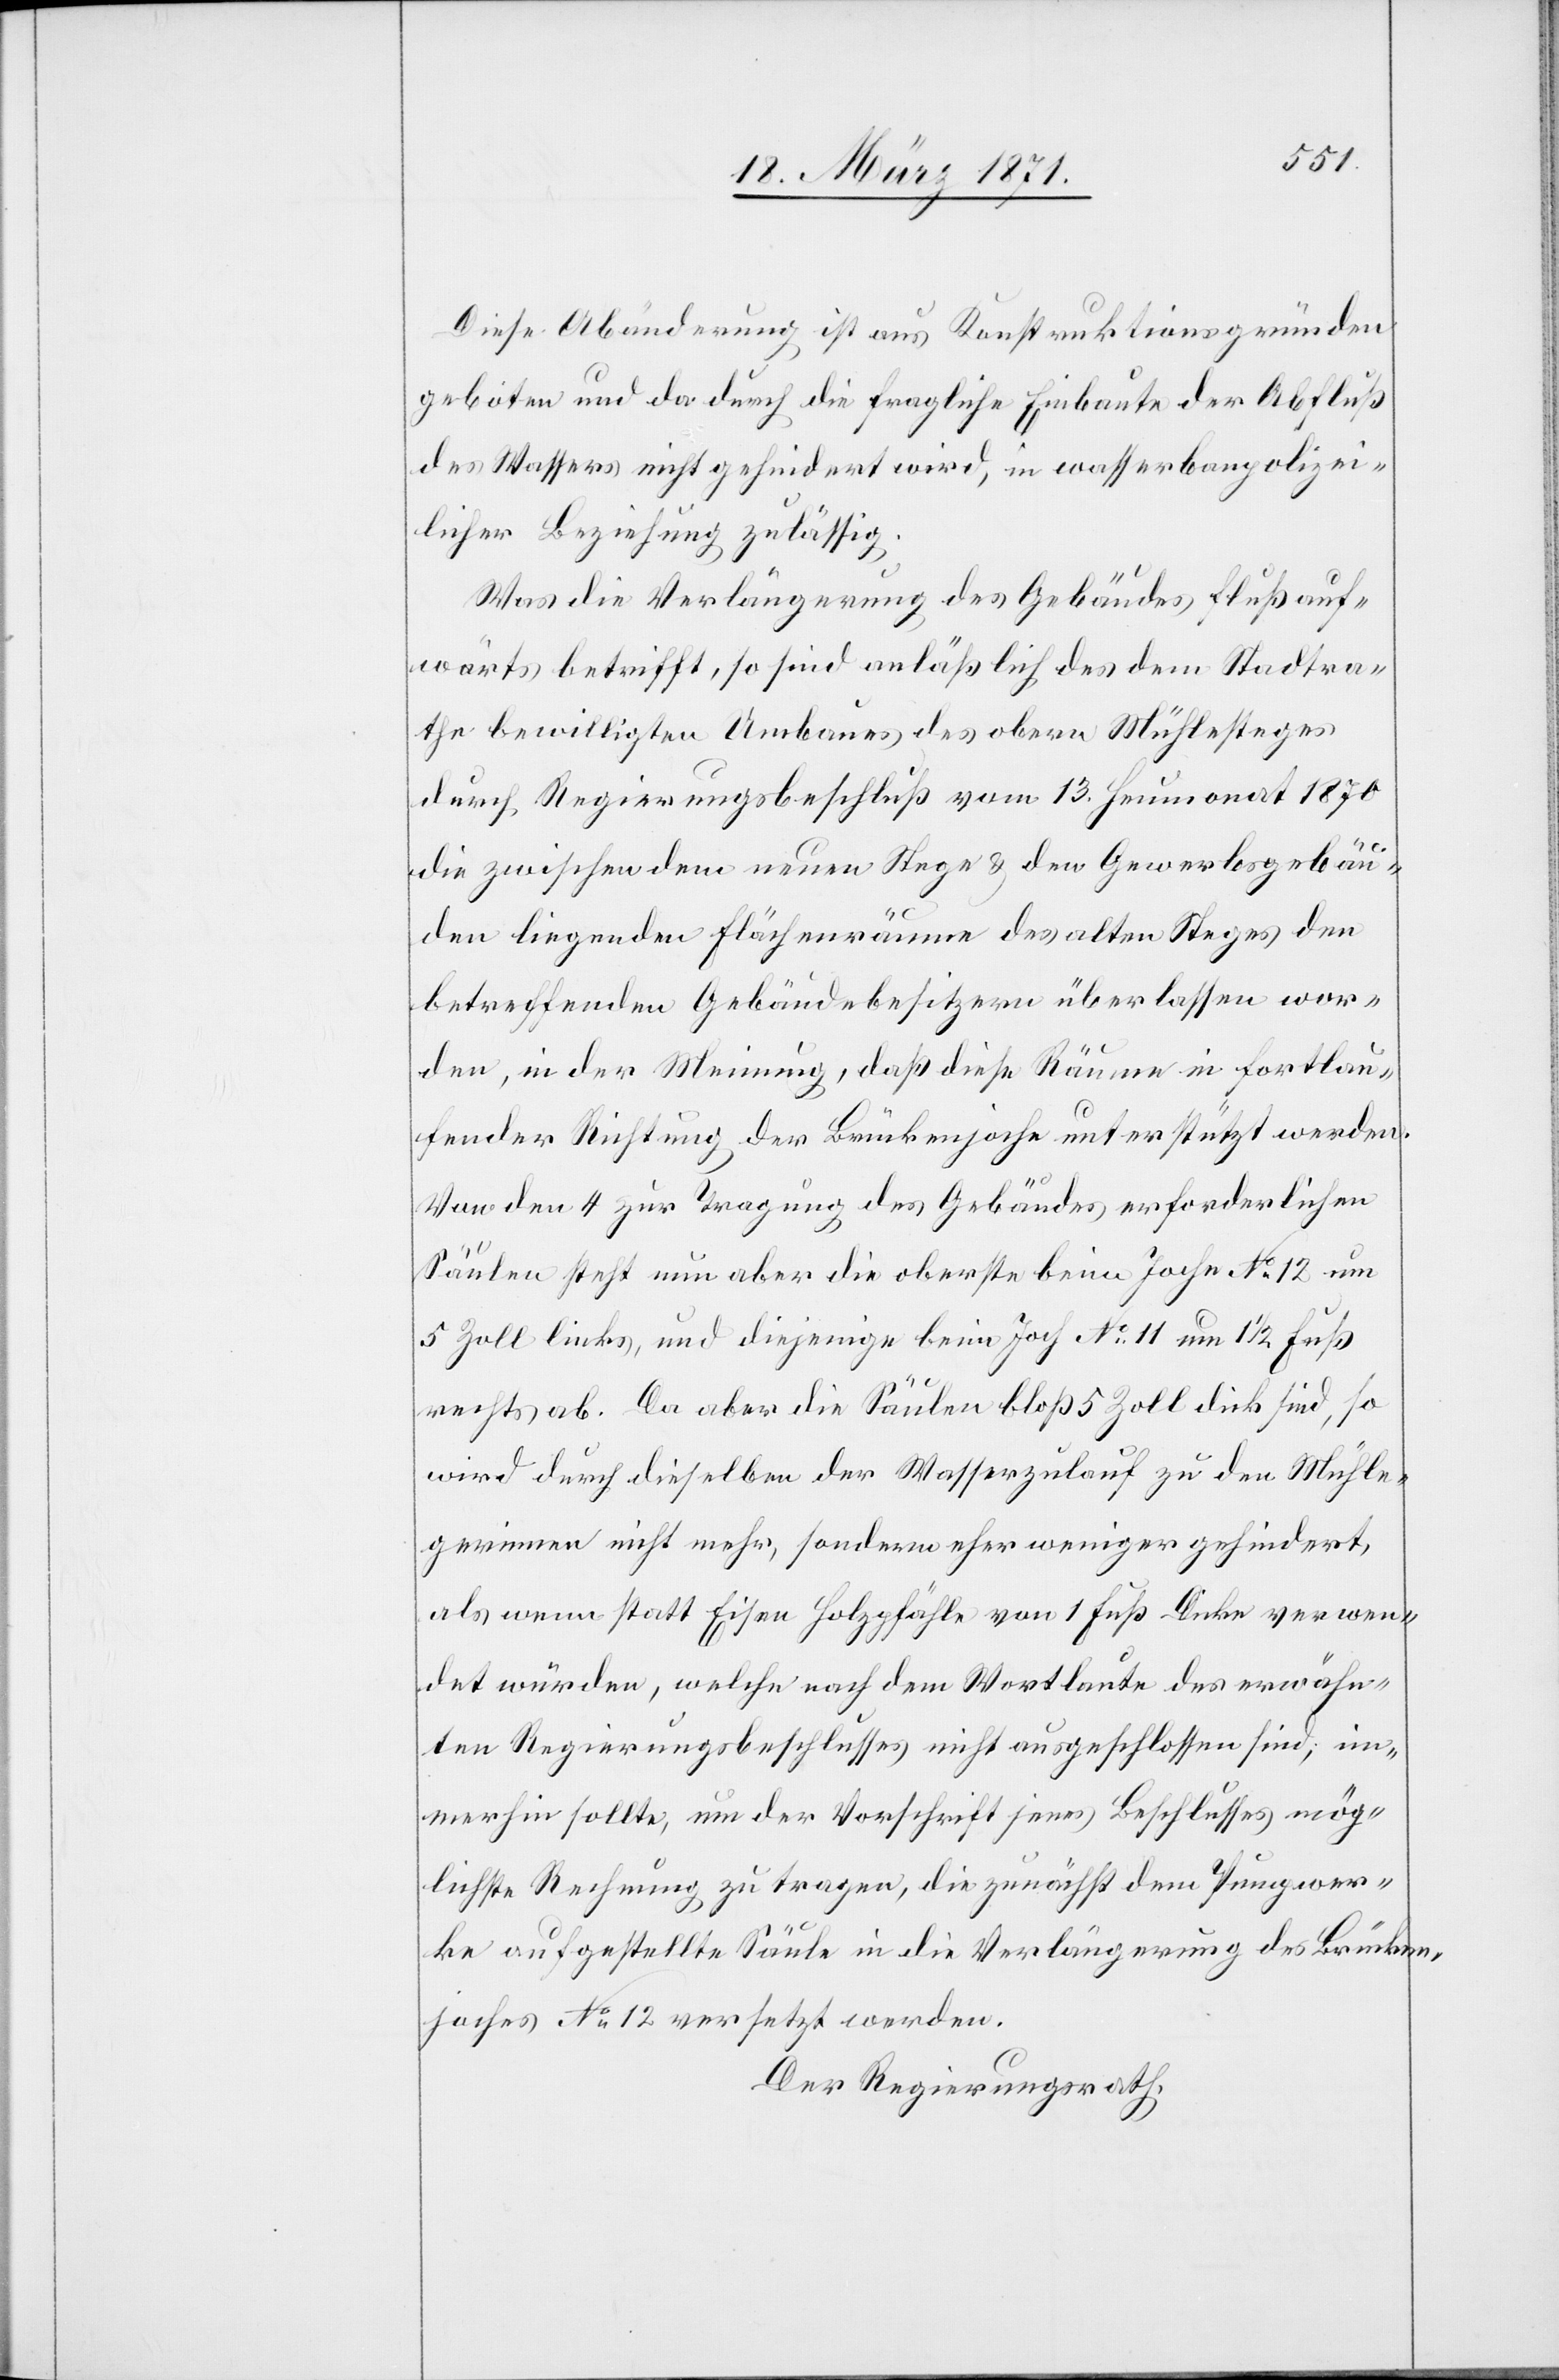
Diese Abänderung ist aus Konstruktionsgründen
geboten und da durch die fragliche Einbaute der Abfluß
des Wassers nicht gehindert wird, in wasserbaupolizei¬
licher Beziehung zulässig.
Was die Verlängerung des Gebäudes flußauf¬
wärts betrifft, so sind anläßlich des dem Stadtra¬
the bewilligten Umbaues des obern Mühlesteges
durch Regierungsbeschluß vom 13. Heumonat 1870
die zwischen dem neuen Stege u. den Gewerbsgebäu¬
den liegenden Flächenräume des alten Steges den
betreffenden Gebäudebesitzern überlassen wor¬
den, in der Meinung, daß diese Räume in fortlau¬
fender Richtung der Brückenjoche unterstützt werden.
Von den 4 zur Tragung des Gebäudes erforderlichen
Säulen steht nun aber die oberste beim Joche No. 12 um
5 Zoll links, und diejenige beim Joch No. 11 um 1 1/2 Fuß
rechts ab. Da aber die Säulen bloß 5 Zoll dick sind, so
wird durch dieselben der Wasserzulauf zu den Mühle¬
gerinnen nicht mehr, sondern eher weniger gehindert,
als wenn statt Eisen Holzpfähle von 1 Fuß Dicke verwen¬
det würden, welche nach dem Wortlaute des erwähn¬
ten Regierungsbeschlusses nicht ausgeschlossen sind, im¬
merhin sollte, um der Vorschrift jenes Beschlusses mög¬
lichst Rechnung zu tragen, die zunächst dem Pumpwer¬
ke aufgestellte Säule in die Verlängerung des Brücken¬
joches No. 12 versetzt werden.
Der Regierungsrath,